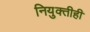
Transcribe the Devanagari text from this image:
नियुक्तीही